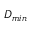
D _ { m i n }